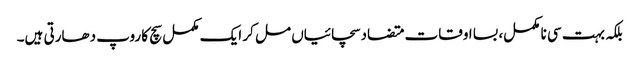
بلکہ بہت سی نا مکمل، بسا اوقات متضاد سچائیاں مل کر ایک مکمل سچ کا روپ دھارتی ہیں۔